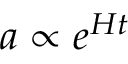
a \propto e ^ { H t }